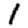
Digit: 1